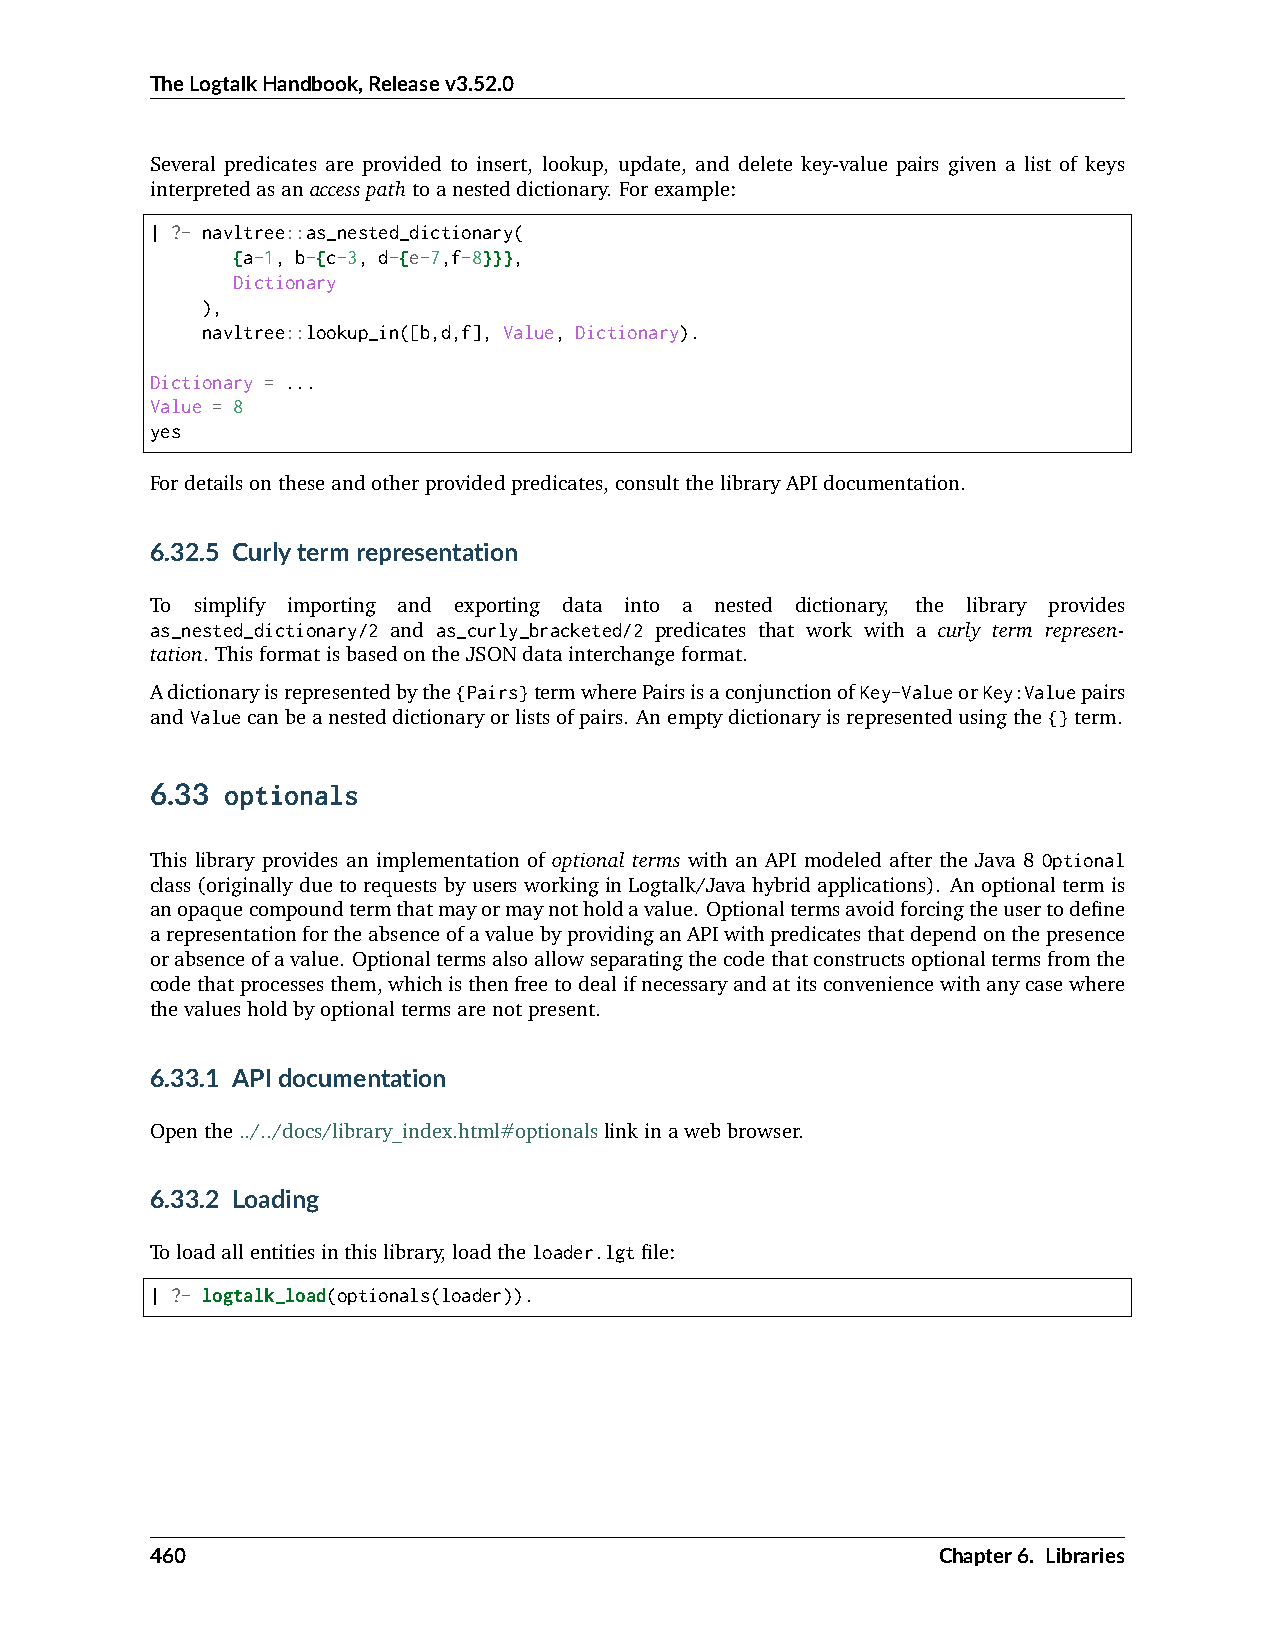
TheLogtalkHandbook,Releasev3.52.0
 Several predicates are provided to insert, lookup, update, and delete key-value pairs given a list of keys
 interpretedasanaccesspathtoanesteddictionary. Forexample:
 | ?- navltree::as_nested_dictionary(
 {a-1, b-{c-3, d-{e-7,f-8}}},
 Dictionary
 ),
 navltree::lookup_in([b,d,f], Value, Dictionary).
 Dictionary = ...
 Value = 8
 yes
 Fordetailsontheseandotherprovidedpredicates,consultthelibraryAPIdocumentation.
 6.32.5 Curlytermrepresentation
 To simplify importing and exporting data into a nested dictionary, the library provides
 as_nested_dictionary/2 and as_curly_bracketed/2 predicates that work with a curly term represen-
 tation. ThisformatisbasedontheJSONdatainterchangeformat.
 Adictionaryisrepresentedbythe{Pairs}termwherePairsisaconjunctionofKey-ValueorKey:Valuepairs
 andValuecanbeanesteddictionaryorlistsofpairs. Anemptydictionaryisrepresentedusingthe{}term.
 6.33 optionals
 This library provides an implementation of optional terms with an API modeled after the Java 8 Optional
 class(originallyduetorequestsbyusersworkinginLogtalk/Javahybridapplications). An optionaltermis
 anopaquecompoundtermthatmayormaynotholdavalue. Optionaltermsavoidforcingtheusertodefine
 arepresentationfortheabsenceofavaluebyprovidinganAPIwithpredicatesthatdependonthepresence
 orabsenceofavalue. Optionaltermsalsoallowseparatingthecodethatconstructsoptionaltermsfromthe
 codethatprocessesthem,whichisthenfreetodealifnecessaryandatitsconveniencewithanycasewhere
 thevaluesholdbyoptionaltermsarenotpresent.
 6.33.1 APIdocumentation
 Openthe../../docs/library_index.html#optionalslinkinawebbrowser.
 6.33.2 Loading
 Toloadallentitiesinthislibrary,loadtheloader.lgtfile:
 | ?- logtalk_load(optionals(loader)).
 460                                                 Chapter6. Libraries